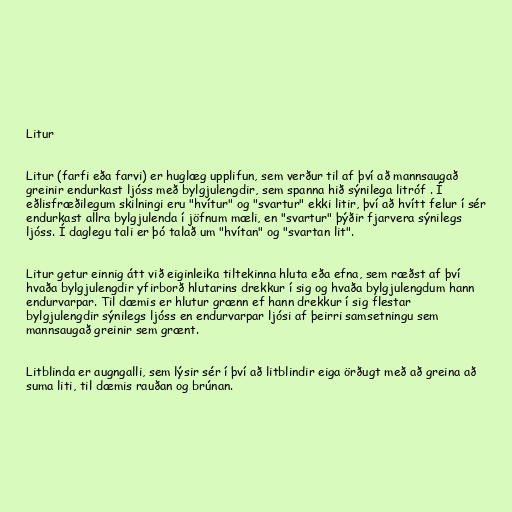
Litur

Litur (farfi eða farvi) er huglæg upplifun, sem verður til af því að mannsaugað
greinir endurkast ljóss með bylgjulengdir, sem spanna hið sýnilega litróf . Í
eðlisfræðilegum skilningi eru "hvítur" og "svartur" ekki litir, því að hvítt felur í sér
endurkast allra bylgjulenda í jöfnum mæli, en "svartur" þýðir fjarvera sýnilegs
ljóss. Í daglegu tali er þó talað um "hvítan" og "svartan lit".

Litur getur einnig átt við eiginleika tiltekinna hluta eða efna, sem ræðst af því
hvaða bylgjulengdir yfirborð hlutarins drekkur í sig og hvaða bylgjulengdum hann
endurvarpar. Til dæmis er hlutur grænn ef hann drekkur í sig flestar
bylgjulengdir sýnilegs ljóss en endurvarpar ljósi af þeirri samsetningu sem
mannsaugað greinir sem grænt.

Litblinda er augngalli, sem lýsir sér í því að litblindir eiga örðugt með að greina að
suma liti, til dæmis rauðan og brúnan.